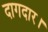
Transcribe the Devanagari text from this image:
दागदार।